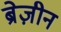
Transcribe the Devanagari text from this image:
ब्रेज़ीन